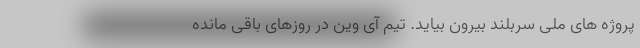
پروژه های ملی سربلند بیرون بیاید. تیم آی وین در روزهای باقی مانده